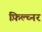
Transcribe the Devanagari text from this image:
फ़िल्च्नर